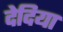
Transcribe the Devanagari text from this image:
देदिया